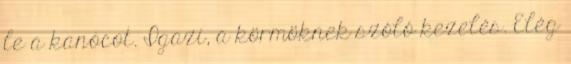
le a kanócot. Igazi, a körmöknek szóló kezelés. Elég